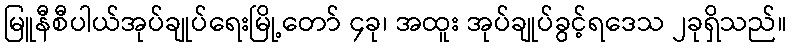
မြူနီစီပါယ်အုပ်ချုပ်ရေးမြို့တော် ၄ခု၊ အထူး အုပ်ချုပ်ခွင့်ရဒေသ ၂ခုရှိသည်။